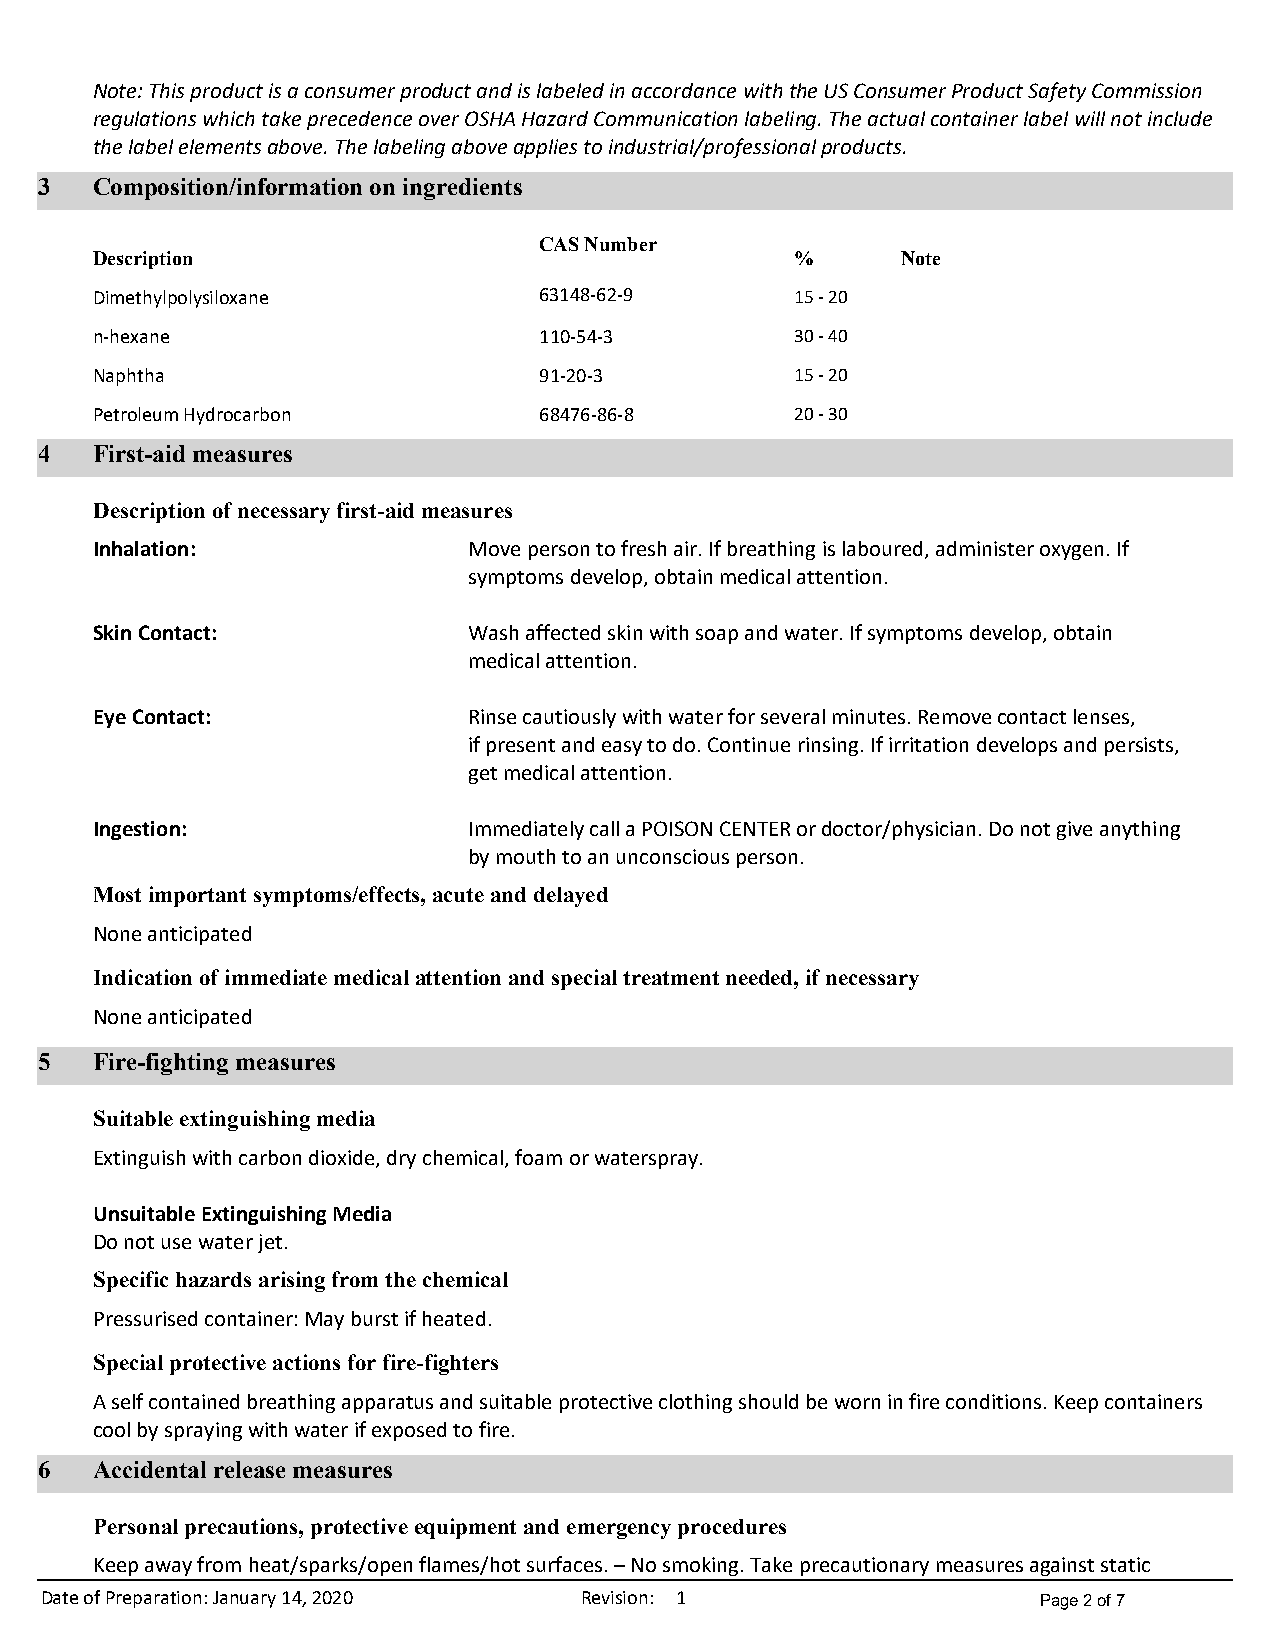
Note:ThisproductisaconsumerproductandislabeledinaccordancewiththeUSConsumerProductSafetyCommission
 regulationswhichtakeprecedenceoverOSHAHazardCommunicationlabeling.Theactualcontainerlabelwillnotinclude
 thelabelelementsabove.Thelabelingaboveappliestoindustrial/professionalproducts.
 3   Composition/information on ingredients
 CAS Number
 Description                                    %      Note
 Dimethylpolysiloxane          63148-62-9       15 - 20
 n-hexane                      110-54-3         30 - 40
 Naphtha                       91-20-3          15 - 20
 Petroleum Hydrocarbon         68476-86-8       20 - 30
 4   First-aid measures
 Description of necessary first-aid measures
 Inhalation:              Movepersontofreshair.Ifbreathingislaboured,administeroxygen.If
 symptomsdevelop,obtainmedicalattention.
 SkinContact:             Washaffectedskinwithsoapandwater.Ifsymptomsdevelop,obtain
 medicalattention.
 EyeContact:              Rinsecautiouslywithwaterforseveralminutes.Removecontactlenses,
 ifpresentandeasytodo.Continuerinsing.Ifirritationdevelopsandpersists,
 getmedicalattention.
 Ingestion:               ImmediatelycallaPOISONCENTERordoctor/physician.Donotgiveanything
 bymouthtoanunconsciousperson.
 Most important symptoms/effects, acute and delayed
 Noneanticipated
 Indication of immediate medical attention and special treatment needed, if necessary
 Noneanticipated
 5   Fire-fighting measures
 Suitable extinguishing media
 Extinguishwithcarbondioxide,drychemical,foamorwaterspray.
 UnsuitableExtinguishingMedia
 Donotusewaterjet.
 Specific hazards arising from the chemical
 Pressurisedcontainer:Mayburstifheated.
 Special protective actions for fire-fighters
 Aselfcontainedbreathingapparatusandsuitableprotectiveclothingshouldbeworninfireconditions.Keepcontainers
 coolbysprayingwithwaterifexposedtofire.
 6   Accidental release measures
 Personal precautions, protective equipment and emergency procedures
 Keepawayfromheat/sparks/openflames/hotsurfaces.–Nosmoking.Takeprecautionarymeasuresagainststatic
 Date of Preparation: January 14, 2020 Revision: 1                 Page 2 of 7